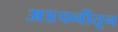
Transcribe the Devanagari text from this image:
अडचनीतून